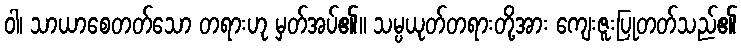
ဝါ၊ သာယာစေတတ်သော တရားဟု မှတ်အပ်၏။ သမ္ပယုတ်တရားတို့အား ကျေးဇူးပြုတတ်သည်၏